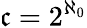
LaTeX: {\mathfrak{c}}=2^{\aleph_{0}}